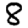
Digit: 8